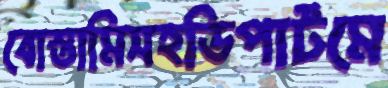
বোস্তামিসহডিপার্টমে